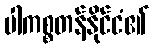
ပါကစ္စတန်နိုင်ငံ၏